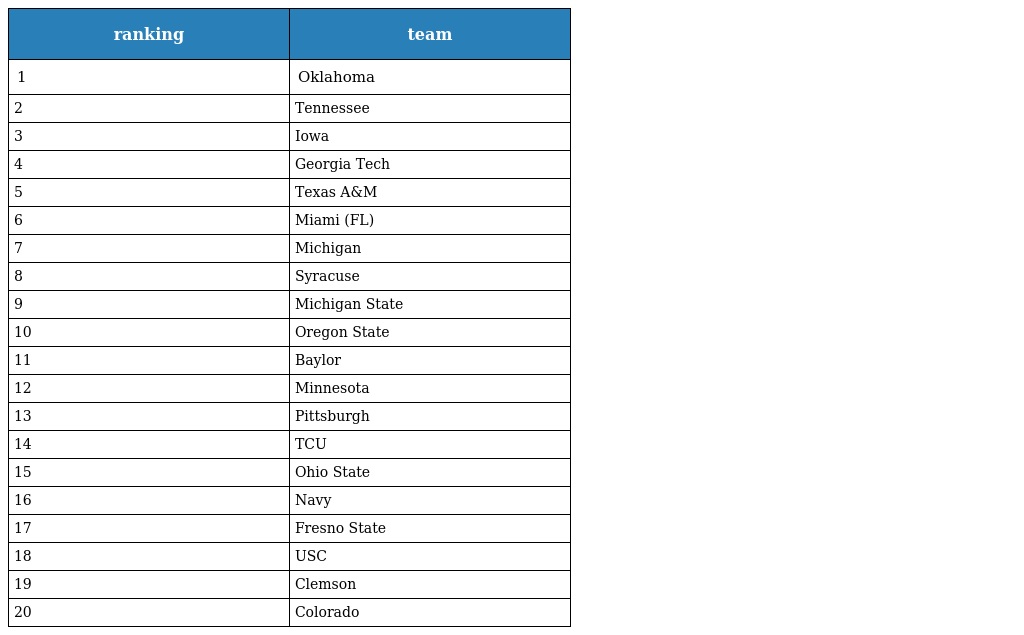
| ranking | team |
 | --- | --- |
 | 1 | Oklahoma |
 | 2 | Tennessee |
 | 3 | Iowa |
 | 4 | Georgia Tech |
 | 5 | Texas A&M |
 | 6 | Miami (FL) |
 | 7 | Michigan |
 | 8 | Syracuse |
 | 9 | Michigan State |
 | 10 | Oregon State |
 | 11 | Baylor |
 | 12 | Minnesota |
 | 13 | Pittsburgh |
 | 14 | TCU |
 | 15 | Ohio State |
 | 16 | Navy |
 | 17 | Fresno State |
 | 18 | USC |
 | 19 | Clemson |
 | 20 | Colorado |